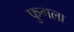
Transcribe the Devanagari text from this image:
फुगला